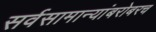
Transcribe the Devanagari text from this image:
सर्वसामान्यांबरोबरच